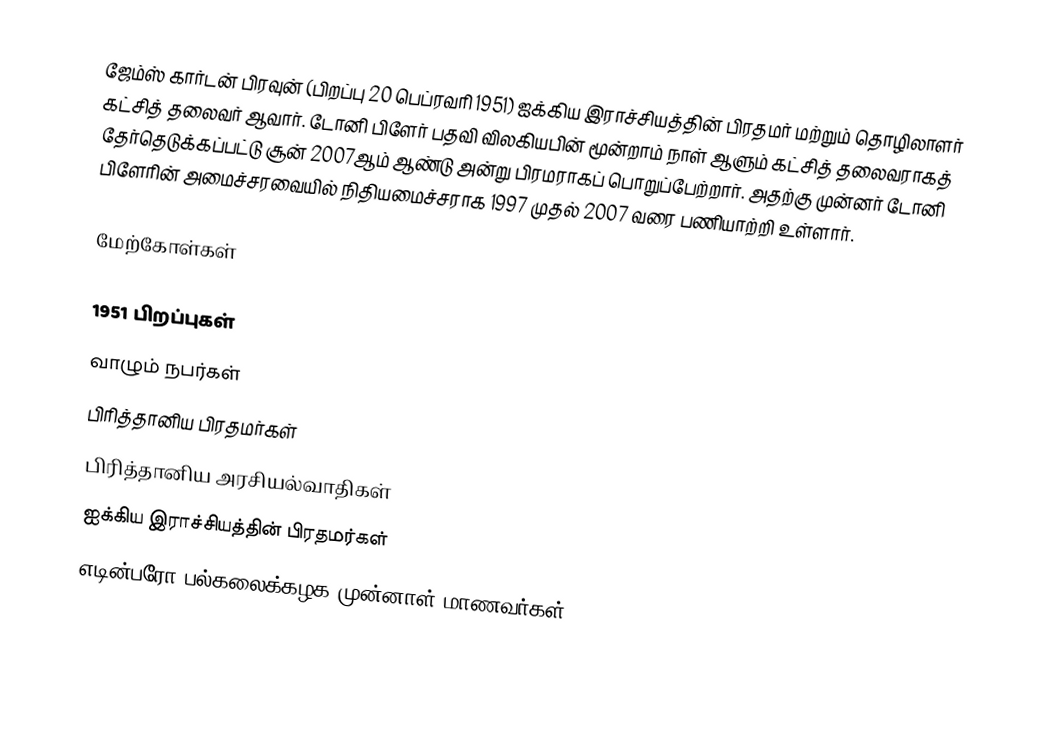
ஜேம்ஸ் கார்டன் பிரவுன் (பிறப்பு 20 பெப்ரவரி 1951) ஐக்கிய இராச்சியத்தின் பிரதமர் மற்றும் தொழிலாளர் கட்சித் தலைவர் ஆவார்.  டோனி பிளேர் பதவி விலகியபின் மூன்றாம் நாள் ஆளும் கட்சித் தலைவராகத் தேர்தெடுக்கப்பட்டு சூன் 2007ஆம் ஆண்டு அன்று பிரமராகப் பொறுப்பேற்றார். அதற்கு முன்னர் டோனி பிளேரின் அமைச்சரவையில் நிதியமைச்சராக 1997 முதல் 2007 வரை பணியாற்றி உள்ளார்.

மேற்கோள்கள்

1951 பிறப்புகள்
வாழும் நபர்கள்
பிரித்தானிய பிரதமர்கள்
பிரித்தானிய அரசியல்வாதிகள்
ஐக்கிய இராச்சியத்தின் பிரதமர்கள்
எடின்பரோ பல்கலைக்கழக முன்னாள் மாணவர்கள்